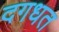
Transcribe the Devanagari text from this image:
दगधत